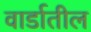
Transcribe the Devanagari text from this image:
वार्डातील